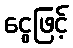
ငွေဖြင့်